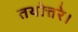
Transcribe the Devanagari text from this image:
तथोत्तरे।